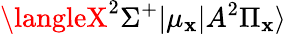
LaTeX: \langleX^{2}\Sigma^{+}|\mu_{\mathbf{x}}|A^{2}\Pi_{\mathbf{x}}\rangle